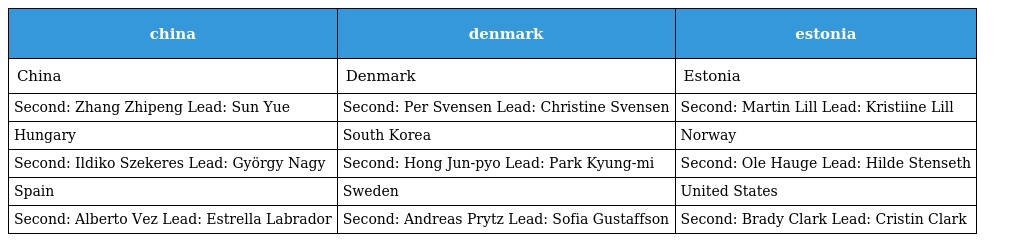
| china | denmark | estonia |
 | --- | --- | --- |
 | China | Denmark | Estonia |
 | Second: Zhang Zhipeng Lead: Sun Yue | Second: Per Svensen Lead: Christine Svensen | Second: Martin Lill Lead: Kristiine Lill |
 | Hungary | South Korea | Norway |
 | Second: Ildiko Szekeres Lead: György Nagy | Second: Hong Jun-pyo Lead: Park Kyung-mi | Second: Ole Hauge Lead: Hilde Stenseth |
 | Spain | Sweden | United States |
 | Second: Alberto Vez Lead: Estrella Labrador | Second: Andreas Prytz Lead: Sofia Gustaffson | Second: Brady Clark Lead: Cristin Clark |